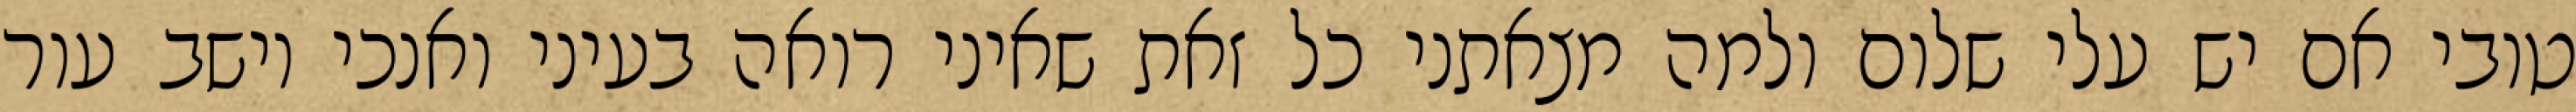
טובי אם יש עלי שלום ולמה מצאתני כל זאת שאיני רואה בעיני ואנכי יושב עור